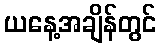
ယနေ့အချိန်တွင်